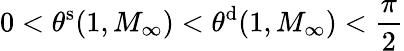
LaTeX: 0<\theta^{\mathrm{s}}(1,M_{\infty})<\theta^{\mathrm{d}}(1,M_{\infty})<\frac\pi 2